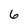
Character: 6